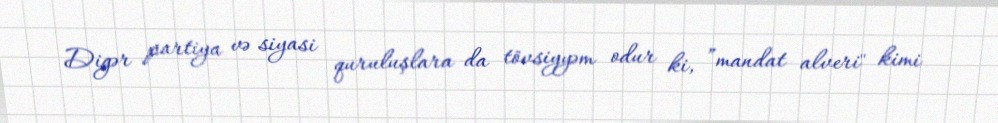
Digər partiya və siyasi quruluşlara da tövsiyyəm odur ki, ”mandat alveri" kimi